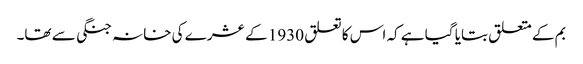
بم کے متعلق بتایا گیا ہے کہ اس کا تعلق 1930 کے عشرے کی خانہ جنگی سے تھا۔